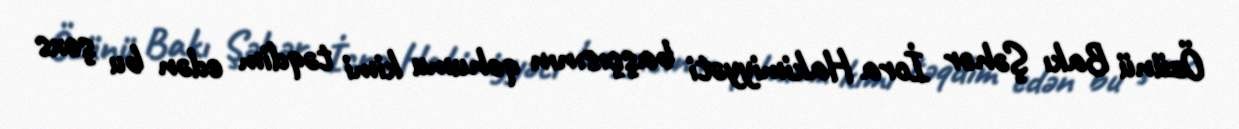
Özünü Bakı Şəhər İcra Hakimiyyəti başçısının qohumu kimi təqdim edən bu şəxs